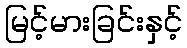
မြင့်မားခြင်းနှင့်